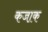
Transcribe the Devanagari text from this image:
कजा़क